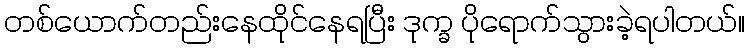
တစ်ယောက်တည်းနေထိုင်နေရပြီး ဒုက္ခ ပိုရောက်သွားခဲ့ရပါတယ်။